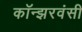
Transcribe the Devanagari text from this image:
कॉन्झरवंसी